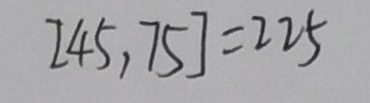
[ 4 5 , 7 5 ] = 2 2 5